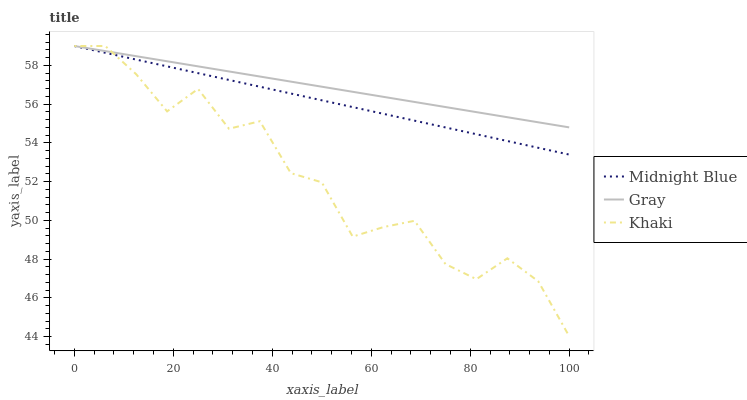
| xaxis_label | Midnight Blue | Gray | Khaki |
 | --- | --- | --- | --- |
 | 0 | 59 | 59 | 59 |
 | 6.25 | 58.6 | 58.7 | 59 |
 | 12.5 | 58.3 | 58.5 | 57.5 |
 | 18.8 | 57.9 | 58.2 | 55.6 |
 | 25 | 57.6 | 58 | 56.8 |
 | 31.2 | 57.2 | 57.7 | 54.7 |
 | 37.5 | 56.9 | 57.4 | 55.1 |
 | 43.8 | 56.5 | 57.2 | 52.4 |
 | 50 | 56.2 | 56.9 | 52 |
 | 56.2 | 55.8 | 56.6 | 49.2 |
 | 62.5 | 55.5 | 56.4 | 49.7 |
 | 68.8 | 55.1 | 56.1 | 50 |
 | 75 | 54.8 | 55.9 | 47.7 |
 | 81.2 | 54.4 | 55.6 | 47 |
 | 87.5 | 54.1 | 55.3 | 48 |
 | 93.8 | 53.7 | 55.1 | 46.9 |
 | 100 | 53.4 | 54.8 | 44 |